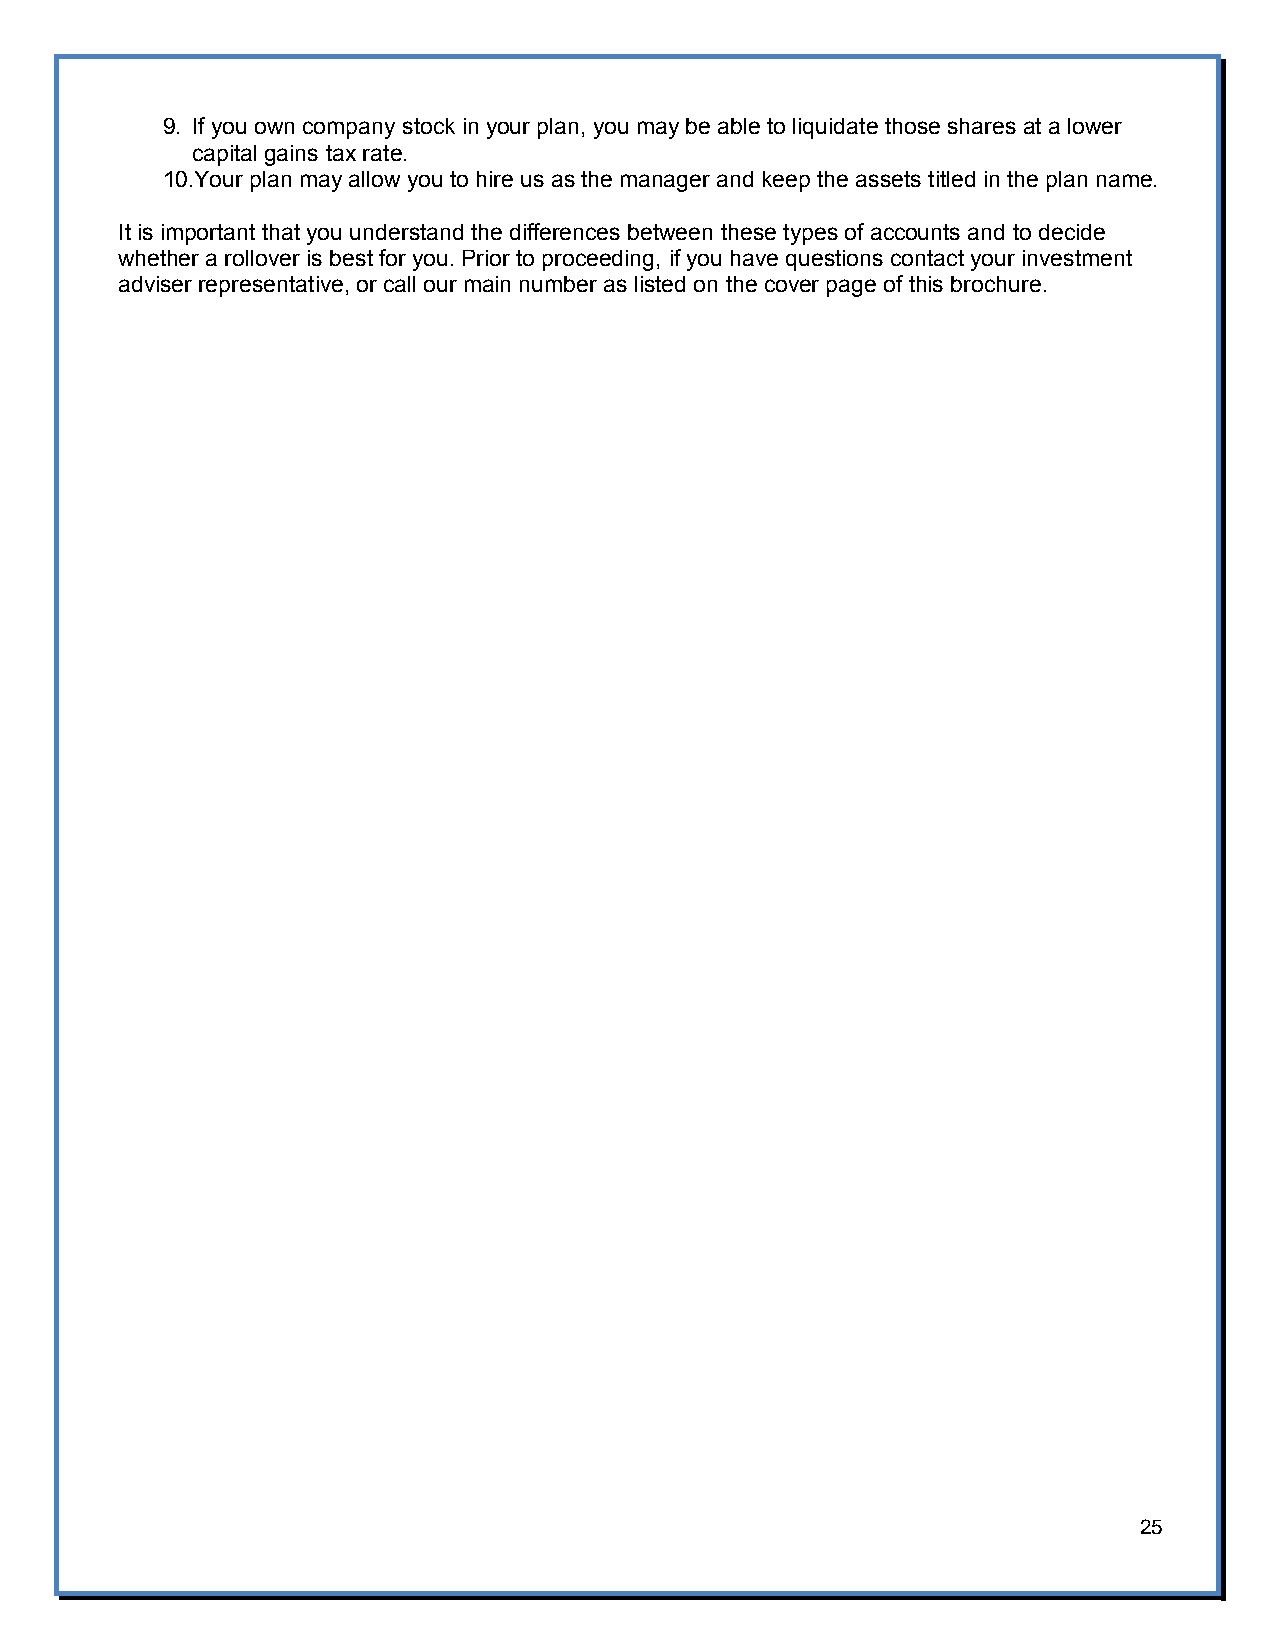
9. If you own company stock in your plan, you may be able to liquidate those shares at a lower
 capital gains tax rate.
 10.Your plan may allow you to hire us as the manager and keep the assets titled in the plan name.
 It is important that you understand the differences between these types of accounts and to decide
 whether a rollover is best for you. Prior to proceeding, if you have questions contact your investment
 adviser representative, or call our main number as listed on the cover page of this brochure.
 25